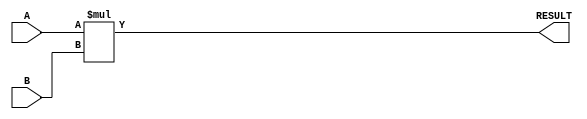
module ParameterizedMultiplier #(
    parameter WIDTH_A = 8,  // Bit-width of first input operand
    parameter WIDTH_B = 8,  // Bit-width of second input operand
    parameter WIDTH_OUT = WIDTH_A + WIDTH_B  // Bit-width of output result
)(
    input  wire [WIDTH_A-1:0] A,      // First multiplicand
    input  wire [WIDTH_B-1:0] B,      // Second multiplicand
    output reg  [WIDTH_OUT-1:0] RESULT // Product of A and B
);

    // Always block to perform multiplication
    always @(*) begin
        RESULT = A * B;  // Multiply A and B
    end

endmodule